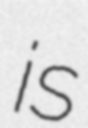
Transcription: is